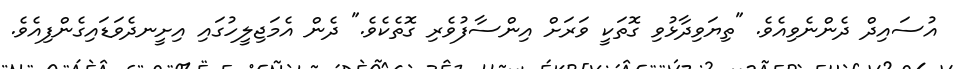
އުސައިދް ދެންނެވިއެވެ. "ތިޔަވިދާޅުވި ގޮތަކީ ވަރަށް އިންސާފުވެރި ގޮތެކެވެ." ދެން އެމަޖިލީހުގައި އިށީނދެވަޑައިގެންފިއެވެ.